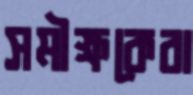
সমীক্ষকেরা